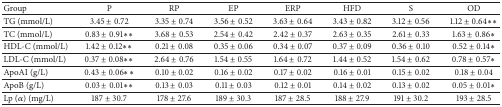
<table><thead><tr><td><b>Group</b></td><td><b>P</b></td><td><b>RP</b></td><td><b>EP</b></td><td><b>ERP</b></td><td><b>HFD</b></td><td><b>S</b></td><td><b>OD</b></td></tr></thead><tbody><tr><td>TG (mmol/L)</td><td>3.45 ± 0.72</td><td>3.35 ± 0.74</td><td>3.56 ± 0.52</td><td>3.63 ± 0.64</td><td>3.43 ± 0.82</td><td>3.12 ± 0.56</td><td>1.12 ± 0.64<i>∗∗</i></td></tr><tr><td>TC (mmol/L)</td><td>0.83 ± 0.91<i>∗∗</i></td><td>3.68 ± 0.53</td><td>2.54 ± 0.42</td><td>2.42 ± 0.37</td><td>2.63 ± 0.35</td><td>2.61 ± 0.33</td><td>1.63 ± 0.86<i>∗</i></td></tr><tr><td>HDL-C (mmol/L)</td><td>1.42 ± 0.12<i>∗∗</i></td><td>0.21 ± 0.08</td><td>0.35 ± 0.06</td><td>0.34 ± 0.07</td><td>0.37 ± 0.09</td><td>0.36 ± 0.10</td><td>0.52 ± 0.14<i>∗</i></td></tr><tr><td>LDL-C (mmol/L)</td><td>0.37 ± 0.08<i>∗∗</i></td><td>2.64 ± 0.76</td><td>1.54 ± 0.55</td><td>1.64 ± 0.72</td><td>1.44 ± 0.52</td><td>1.54 ± 0.62</td><td>0.78 ± 0.57<i>∗</i></td></tr><tr><td>ApoAI (g/L)</td><td>0.43 ± 0.06<i>∗∗</i></td><td>0.10 ± 0.02</td><td>0.16 ± 0.02</td><td>0.17 ± 0.02</td><td>0.16 ± 0.01</td><td>0.15 ± 0.02</td><td>0.18 ± 0.04</td></tr><tr><td>ApoB (g/L)</td><td>0.03 ± 0.01<i>∗∗</i></td><td>0.13 ± 0.03</td><td>0.11 ± 0.03</td><td>0.12 ± 0.01</td><td>0.14 ± 0.02</td><td>0.13 ± 0.02</td><td>0.05 ± 0.01<i>∗</i></td></tr><tr><td>Lp (<i>α</i>) (mg/L)</td><td>187 ± 30.7</td><td>178 ± 27.6</td><td>189 ± 30.3</td><td>187 ± 28.5</td><td>188 ± 27.9</td><td>191 ± 30.2</td><td>193 ± 28.5</td></tr></tbody></table>